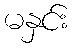
မနှင်း